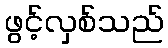
ဖွင့်လှစ်သည်